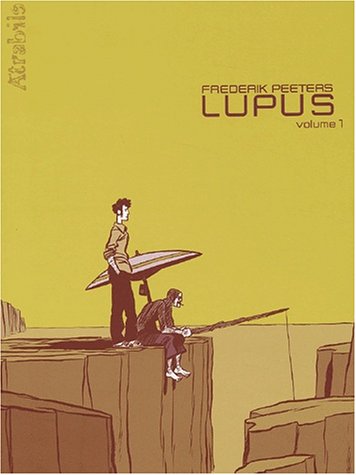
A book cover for Lupus, Tome 1 (French Edition); Frederik Peeters; Health, Fitness & Dieting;